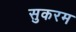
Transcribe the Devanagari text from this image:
सुकरम